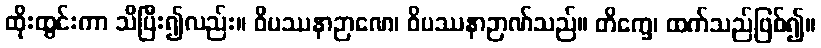
ထိုးထွင်းကာ သိပြီး၍လည်း။ ဝိပဿနာဉာဏေ၊ ဝိပဿနာဉာဏ်သည်။ တိက္ခေ၊ ထက်သည်ဖြစ်၍။